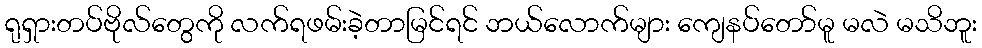
ရုရှားတပ်ဗိုလ်တွေကို လက်ရဖမ်းခဲ့တာမြင်ရင် ဘယ်လောက်များ ကျေနပ်တော်မူ မလဲ မသိဘူး